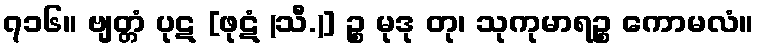
၇၁၆။ ဗျတ္တံ ပုဋ [ဖုဋံ (သီ.)] ဉ္စ မုဒု တု၊ သုကုမာရဉ္စ ကောမလံ။